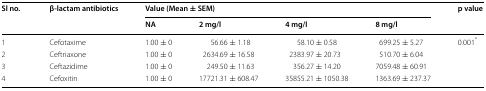
<table><thead><tr><td rowspan="2"><b>Sl no.</b></td><td rowspan="2"><b>β-lactam antibiotics</b></td><td colspan="4"><b>Value (Mean ± SEM)</b></td><td rowspan="2"><b>p value</b></td></tr><tr><td><b>NA</b></td><td><b>2 mg/l</b></td><td><b>4 mg/l</b></td><td><b>8 mg/l</b></td></tr></thead><tbody><tr><td>1</td><td>Cefotaxime</td><td>1.00 ± 0</td><td>56.66 ± 1.18</td><td>58.10 ± 0.58</td><td>699.25 ± 5.27</td><td rowspan="4">0.001<sup>*</sup></td></tr><tr><td>2</td><td>Ceftriaxone</td><td>1.00 ± 0</td><td>2634.69 ± 16.58</td><td>2383.97 ± 20.73</td><td>510.70 ± 6.04</td></tr><tr><td>3</td><td>Ceftazidime</td><td>1.00 ± 0</td><td>249.50 ± 11.63</td><td>356.27 ± 14.20</td><td>7059.48 ± 60.91</td></tr><tr><td>4</td><td>Cefoxitin</td><td>1.00 ± 0</td><td>17721.31 ± 608.47</td><td>35855.21 ± 1050.38</td><td>1363.69 ± 237.37</td></tr></tbody></table>